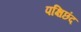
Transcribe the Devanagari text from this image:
पक्षिछंद